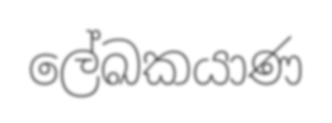
ලේඛකයාණ